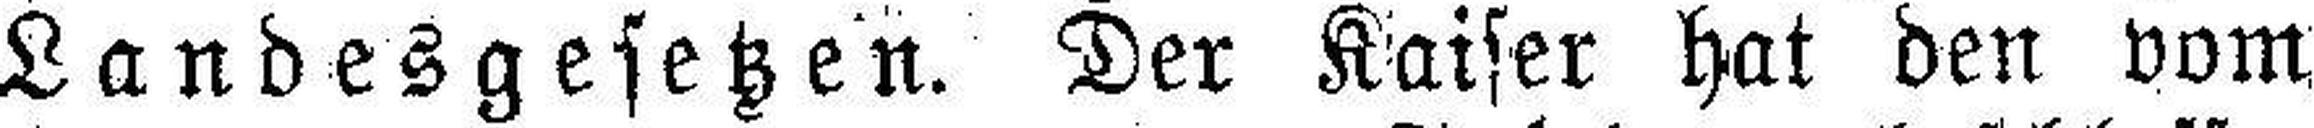
Landesgesetzen. Der Kaiser hat den vom